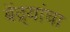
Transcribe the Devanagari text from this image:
बेंद्र्यांचा